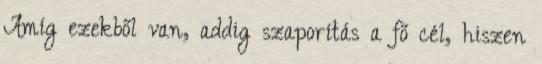
Amíg ezekből van, addig szaporítás a fő cél, hiszen